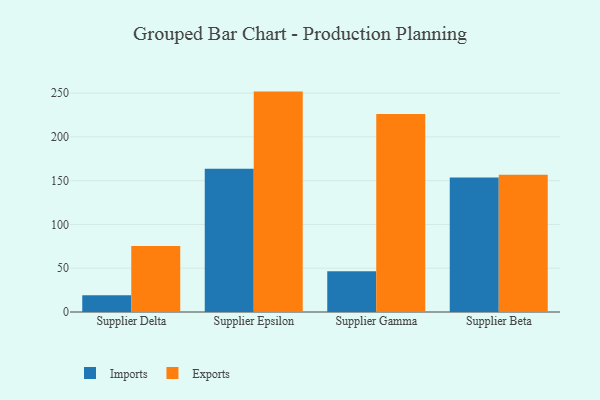
{"axis": {"x": "Supplier", "y": "Tickets Resolved"}, "legend": ["Exports", "Imports"], "data": [{"x": "Supplier Delta", "y": 19.2, "type": "Imports"}, {"x": "Supplier Delta", "y": 75.4, "type": "Exports"}, {"x": "Supplier Epsilon", "y": 163.7, "type": "Imports"}, {"x": "Supplier Epsilon", "y": 251.7, "type": "Exports"}, {"x": "Supplier Gamma", "y": 46.4, "type": "Imports"}, {"x": "Supplier Gamma", "y": 226.2, "type": "Exports"}, {"x": "Supplier Beta", "y": 153.5, "type": "Imports"}, {"x": "Supplier Beta", "y": 156.8, "type": "Exports"}]}